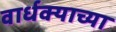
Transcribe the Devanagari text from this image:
वार्धक्याच्या